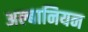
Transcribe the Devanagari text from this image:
अल्बानियन